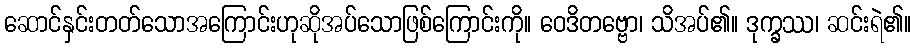
ဆောင်နှင်းတတ်သောအကြောင်းဟုဆိုအပ်သောဖြစ်ကြောင်းကို။ ဝေဒိတဗ္ဗော၊ သိအပ်၏။ ဒုက္ခဿ၊ ဆင်းရဲ၏။